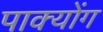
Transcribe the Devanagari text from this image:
पाक्योंग